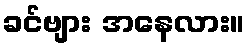
ခင်ဗျား အနေလား။